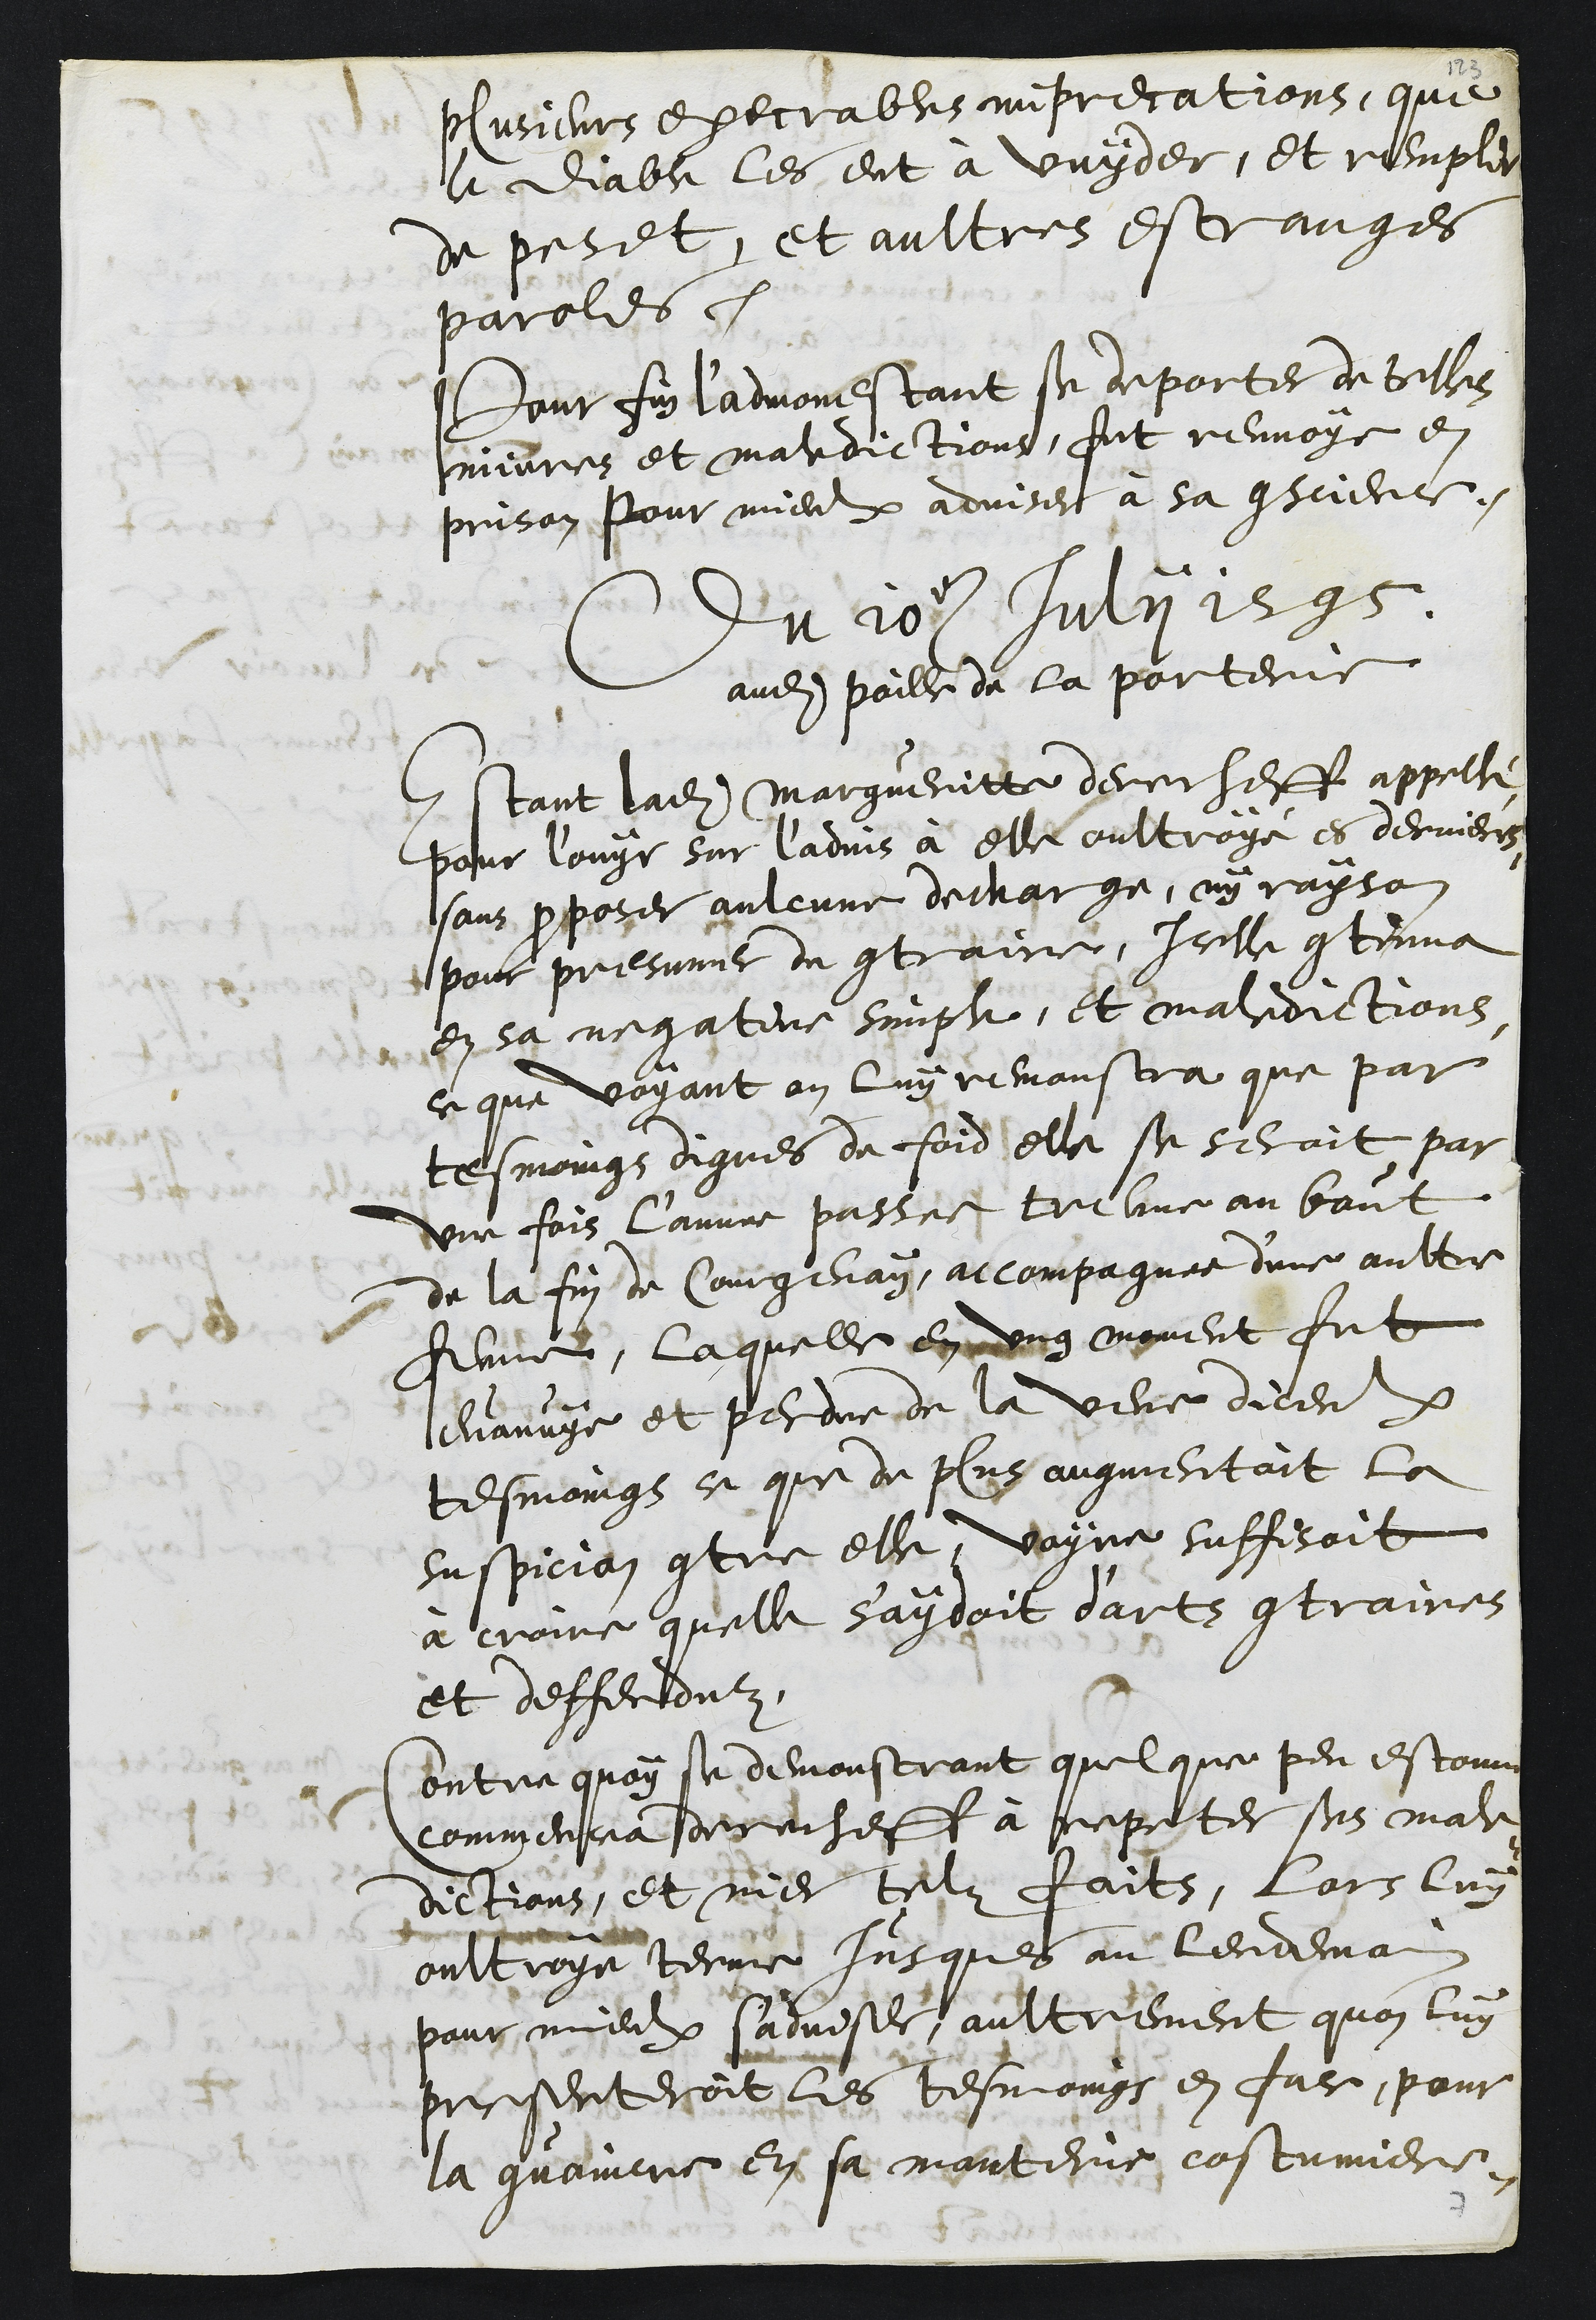
plusieurs execrables imprecations, que
le diable les eut à vuyder, et remplir
de peset, et aultres estranges
paroles.
Pour fin l'admonestant se deporter de telles
injures et maledictions, fut renvoye en
prison pour mieulx adviser à sa conscience.
Du 10e Julii 1595
audit poille de la porterie
Estant ladite Margueritte derecheff appellé
pour louyr sur l'advis à elle oultroyé es dernieres
sans proposer aulcune decharge, ny rayson
pour presumer du contraire, Icelle continua
en sa negative simple et maledictions,
ce que voyant on luy remonstra que par
tesmoings dignes de foid elle se seroit par
une fois l'annee passee trevee au bout
de la fin de Courgenay accompagnee d'une aultre
femme, laquelle en ung moment fut
Evanuye et perdue de la veue diceulx
tesmoings ce que de plus augmentoit la
suspicion contre elle, voyre suffisoit
à croire quelle s'aydoit d'arts contraires
et deffenduz.
Contre quoy se demonstrant quelque peu estonne
commencea derecheff à repeter ses male¬
dictions, et nier telz faits, lors luy
oultroye terme jusques au lendemain
pour mieulx sadviser, aultrement quon luy
presenteroit les tesmoings en face, pour
la convaincre en sa manterie costumiere.
7